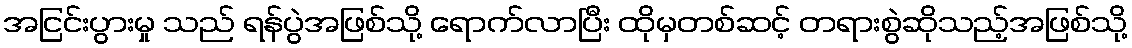
အငြင်းပွားမှု သည် ရန်ပွဲအဖြစ်သို့ ရောက်လာပြီး ထိုမှတစ်ဆင့် တရားစွဲဆိုသည့်အဖြစ်သို့